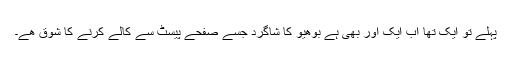
پہلے تو ایک تھا اب ایک اور بھی ہے بوھیو کا شاگرد جسے صفحے پیسٹ سے کالے کرنے کا شوق ھے۔